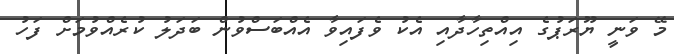
މޭ ވަނީ ޔޫރަޕުގެ އިއްތިހާދާއި އެކު ވެފައިވާ އެއްބަސްވުން ބަދަލު ކުރެއްވުމަށް ފަހު